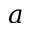
a